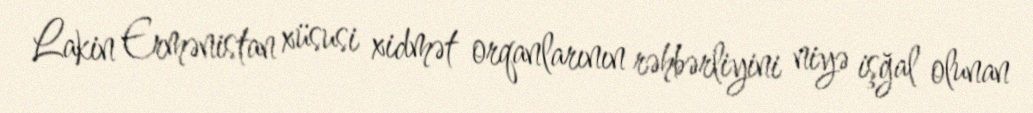
Lakin Ermənistan xüsusi xidmət orqanlarının rəhbərliyini niyə işğal olunan